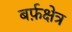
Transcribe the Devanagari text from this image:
बर्फ़क्षेत्र